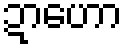
ဍာဟော